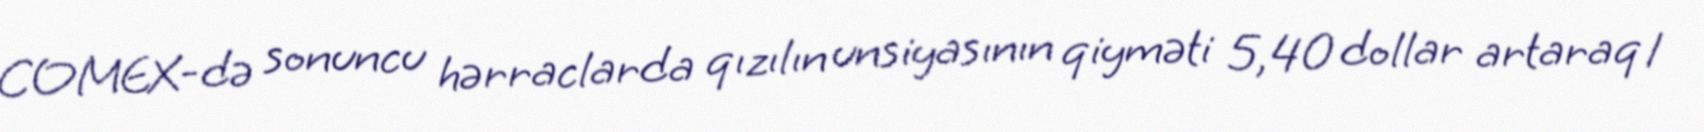
COMEX-də sonuncu hərraclarda qızılın unsiyasının qiyməti 5,40 dollar artaraq 1